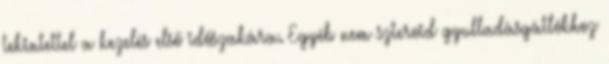
tekintettel a kezelés első időszakára. Egyéb nem szteroid gyulladásgátlókhoz